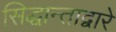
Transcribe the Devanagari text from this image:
सिद्धान्ताद्वारे